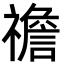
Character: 䄡